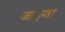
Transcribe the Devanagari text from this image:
जाउूंगा